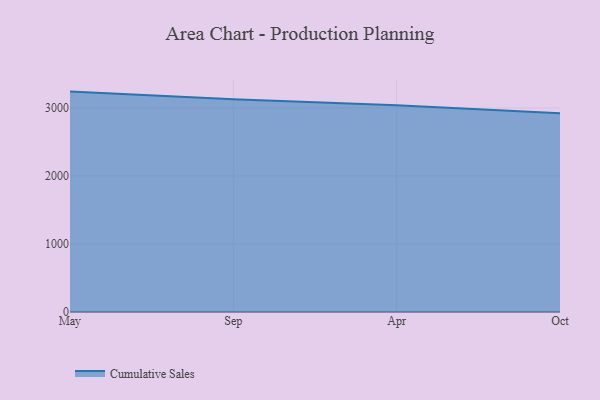
{"axis": {"x": "Month", "y": "Demand Index"}, "legend": ["Cumulative Sales"], "data": [{"x": "May", "y": 3241.0, "type": "Cumulative Sales"}, {"x": "Sep", "y": 3129.6, "type": "Cumulative Sales"}, {"x": "Apr", "y": 3040.6, "type": "Cumulative Sales"}, {"x": "Oct", "y": 2923.6, "type": "Cumulative Sales"}]}